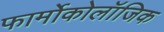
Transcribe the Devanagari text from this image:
फार्मोकोलॉजिक